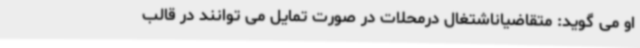
او می گوید: متقاضیاناشتغال درمحلات در صورت تمایل می توانند در قالب